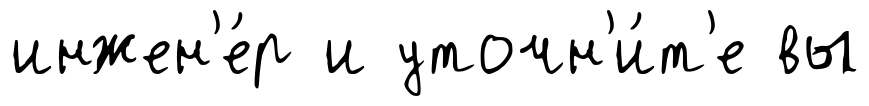
инжен'е́р и уточн'и́т'е вы